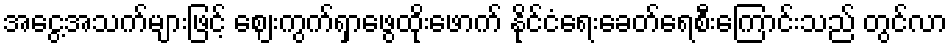
အငွေ့အသက်များဖြင့် ဈေးကွက်ရှာဖွေထိုးဖောက် နိုင်ငံရေးခေတ်ရေစီးကြောင်းသည် တွင်လာ